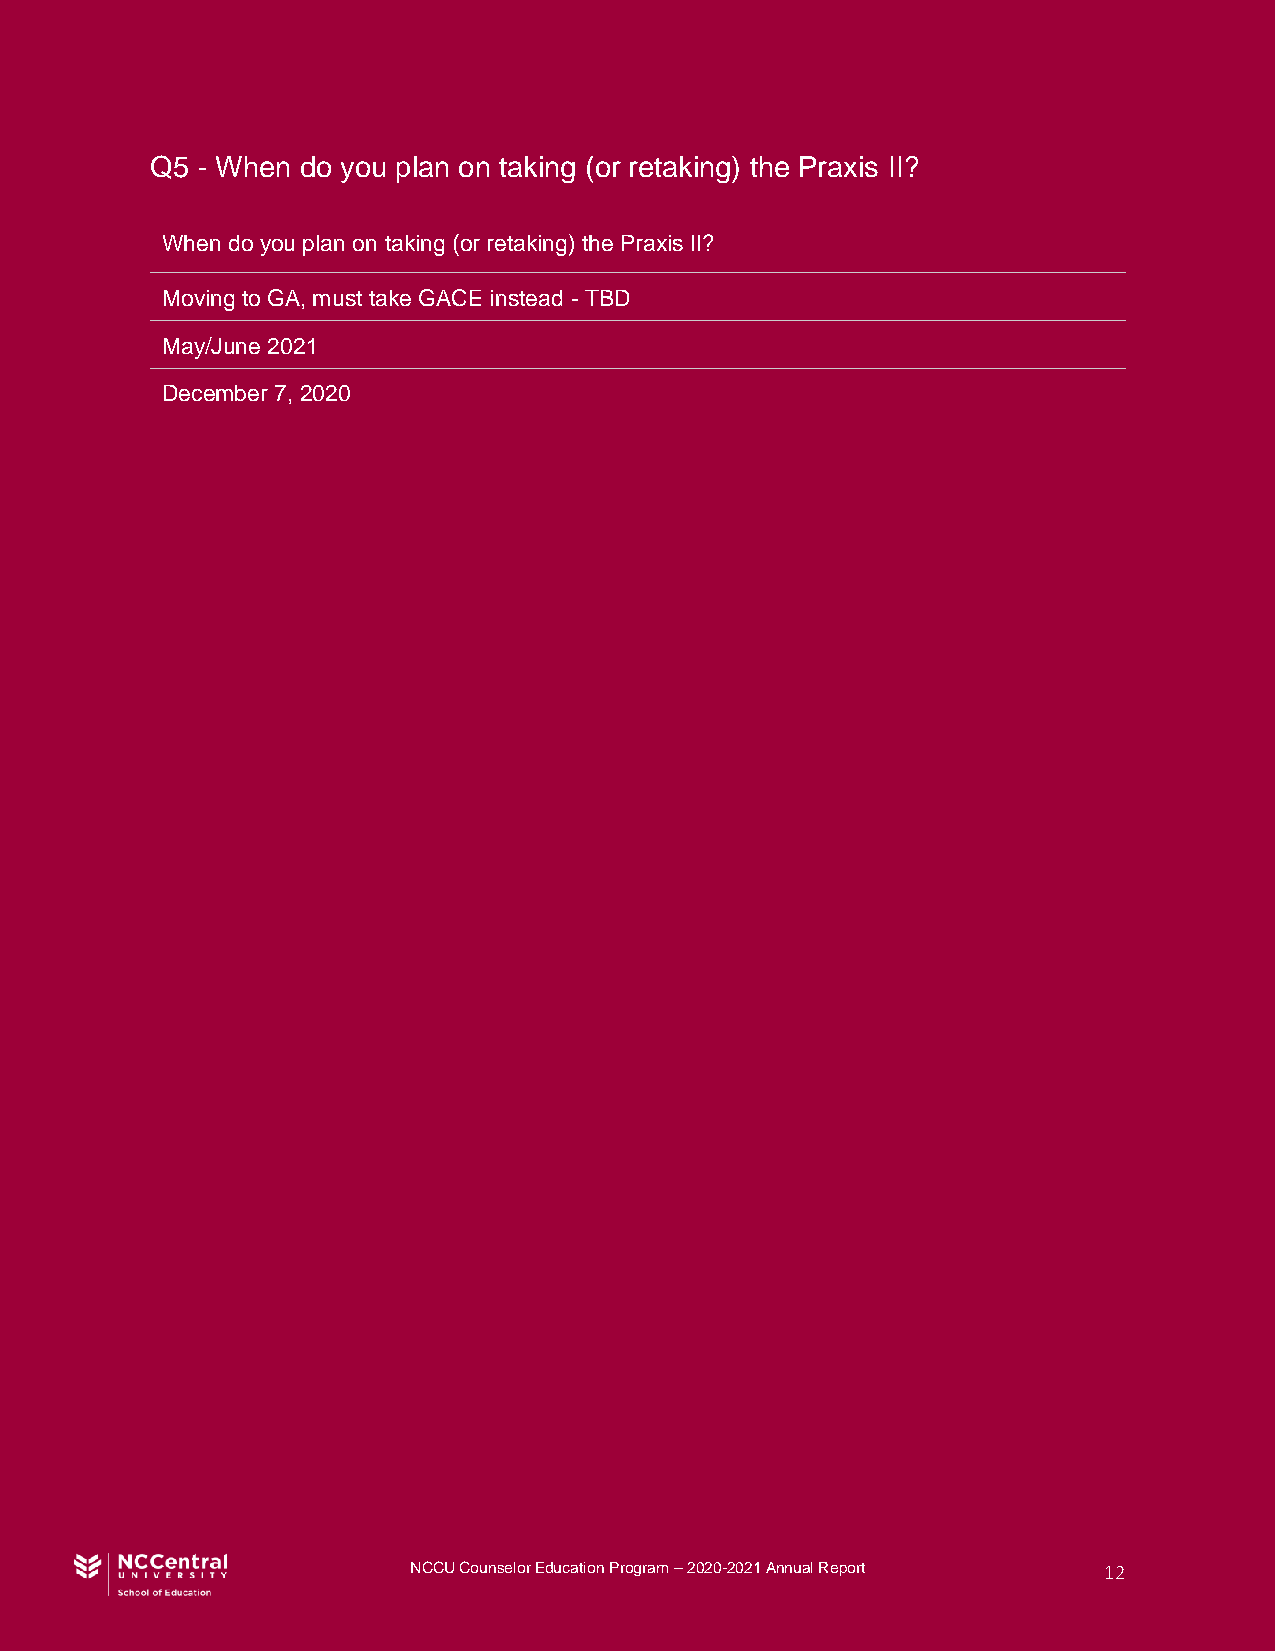
Q5 - When do you plan on taking (or retaking) the Praxis II?
 When do you plan on taking (or retaking) the Praxis II?
 Moving to GA, must take GACE instead - TBD
 May/June 2021
 December 7, 2020
 NCCU Counselor Education Program – 2020-2021 Annual Report 12